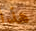
هذا